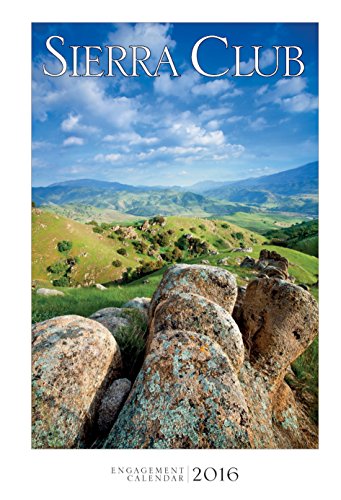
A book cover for Sierra Club Engagement Calendar 2016; Sierra Club; Calendars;